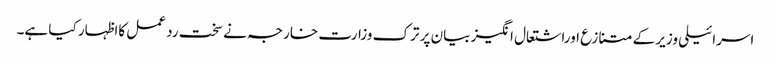
اسرائیلی وزیر کے متنازع اوراشتعال انگیز بیان پر ترک وزارت خارجہ نے سخت رد عمل کااظہار کیا ہے۔